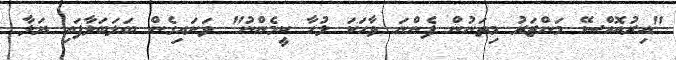
"އިރުއޮއްސޭ މަންޒަރު މިތަނުން ފެންނަ ވާހަކަ ލުހާ ކީމެންނު" ވަށައިގެން ބަލަބަލާފައި ޔަލާ